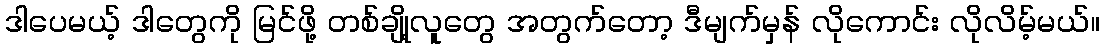
ဒါပေမယ့် ဒါတွေကို မြင်ဖို့ တစ်ချို့လူတွေ အတွက်တော့ ဒီမျက်မှန် လိုကောင်း လိုလိမ့်မယ်။